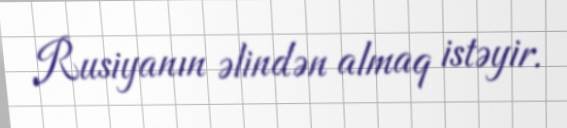
Rusiyanın əlindən almaq istəyir.